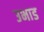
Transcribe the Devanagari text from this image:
उभाड